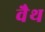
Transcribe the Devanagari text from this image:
वैथ